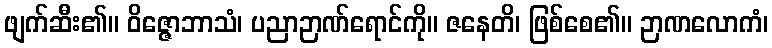
ဖျက်ဆီး၏။ ဝိဇ္ဇောဘာသံ၊ ပညာဉာဏ်ရောင်ကို။ ဇနေတိ၊ ဖြစ်စေ၏။ ဉာဏလောကံ၊